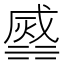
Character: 𣹹